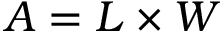
A = L \times W